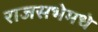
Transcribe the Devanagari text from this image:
राजसभेमधे